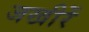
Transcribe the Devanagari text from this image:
जखीरें